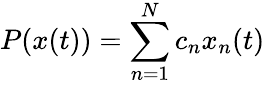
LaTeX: P(x(t))=\sum_{n=1}^{N}c_{n}x_{n}(t)